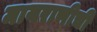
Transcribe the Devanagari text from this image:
मायराणीची